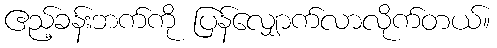
ဧည့်ခန်းဘက်ကို ပြန်လျှောက်လာလိုက်တယ်။